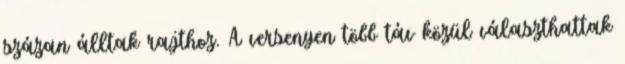
százan álltak rajthoz. A versenyen több táv közül választhattak